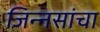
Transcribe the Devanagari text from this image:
जिन्नसांचा